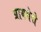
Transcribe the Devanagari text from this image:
प्रायमेरो